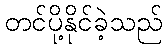
တင်ပို့နိုင်ခဲ့သည်